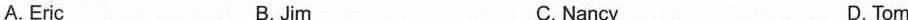
A.Eric B.Jim C.Nancy D. Tom